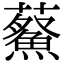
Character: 𮒿